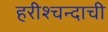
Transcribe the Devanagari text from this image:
हरीश्चन्दाची